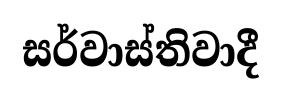
සර්වාස්තිවාදී